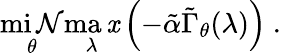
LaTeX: \operatorname*{mi\mathcal{N}}_{\theta}\operatorname*{ma\mathit{x}}_{\lambda}\left(-\tilde{{\alpha}}\tilde{{\Gamma}}_{\theta}(\lambda)\right)~.